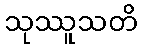
သုဿူသတိ